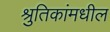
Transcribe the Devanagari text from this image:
श्रुतिकांमधील